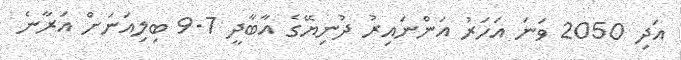
އަދި 2050 ވަނަ އަހަރު އަންނައިރު ދުނިޔޭގެ އާބާދީ 9.7 ބިލިއަނަށް އަރާނެ